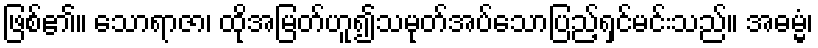
ဖြစ်၏။ သောရာဇာ၊ ထိုအမြတ်ဟူ၍သမုတ်အပ်သောပြည့်ရှင်မင်းသည်။ အဓမ္မံ၊